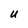
Character: U